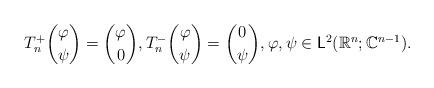
LaTeX: \begin{align*} T^{+}_n\binom{\varphi}{\psi}=\binom{\varphi}{0}, T^{-}_n\binom{\varphi}{\psi}=\binom{0}{\psi},\varphi, \psi \in \mathsf{L}^2(\mathbb{R}^n;\mathbb{C}^{n-1}).\end{align*}